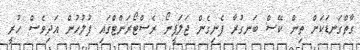
ގާތްގަނޑަކަށް ތިން ކޭސް ބަނގުރާ ފެނިގެން ޖަލަޕީނޯ ރެސްޓޯރަންޓްގައި ފުލުހުން އަދިވެސް ހުރީ